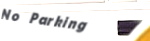
No Parking